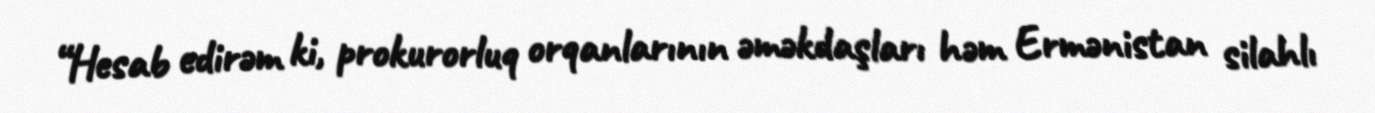
“Hesab edirəm ki, prokurorluq orqanlarının əməkdaşları həm Ermənistan silahlı